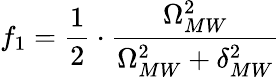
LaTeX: f_{1}=\frac{1}{2}\cdot\frac{\Omega_{MW}^{2}}{\Omega_{MW}^{2}+\delta_{MW}^{2}}